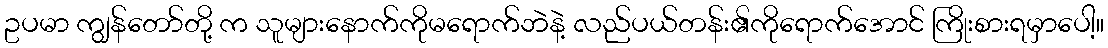
ဥပမာ ကျွန်တော်တို့ က သူများနောက်ကိုမရောက်ဘဲနဲ့ လည်ပယ်တန်း၏ကိုရောက်အောင် ကြိုးစားရမှာပေါ့။